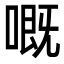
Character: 嘅